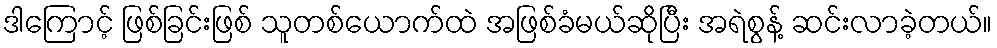
ဒါကြောင့် ဖြစ်ခြင်းဖြစ် သူတစ်ယောက်ထဲ အဖြစ်ခံမယ်ဆိုပြီး အရဲစွန့် ဆင်းလာခဲ့တယ်။